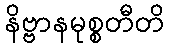
နိဗ္ဗာနမုစ္စတီတိ